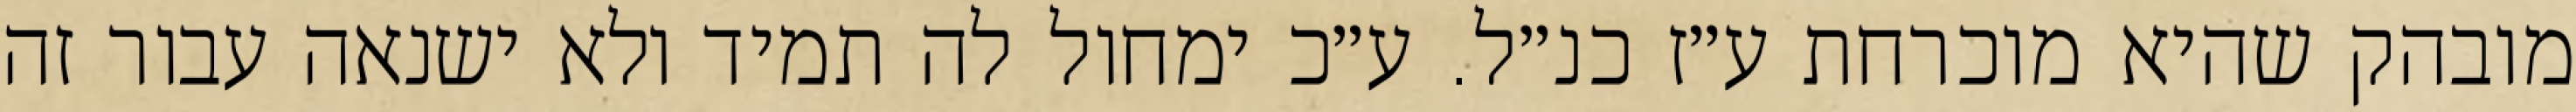
מובהק שהיא מוכרחת ע״ז כנ״ל. ע״כ ימחול לה תמיד ולא ישנאה עבור זה